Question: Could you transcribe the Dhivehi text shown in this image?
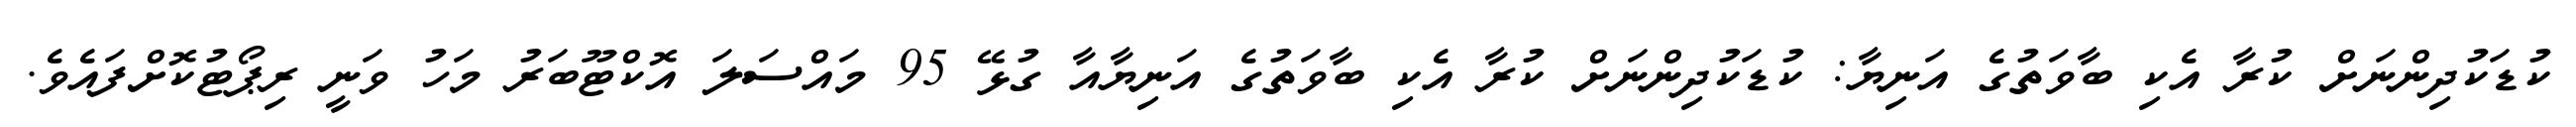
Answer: ކުޑަކުދިންނަށް ކުރާ އެކި ބާވަތުގެ އަނިޔާ: ކުޑަކުދިންނަށް ކުރާ އެކި ބާވަތުގެ އަނިޔާއާ ގުޅޭ 95 މައްސަލަ އޮކްޓޫބަރު މަހު ވަނީ ރިޕޯޓުކޮށްފައެވެ.